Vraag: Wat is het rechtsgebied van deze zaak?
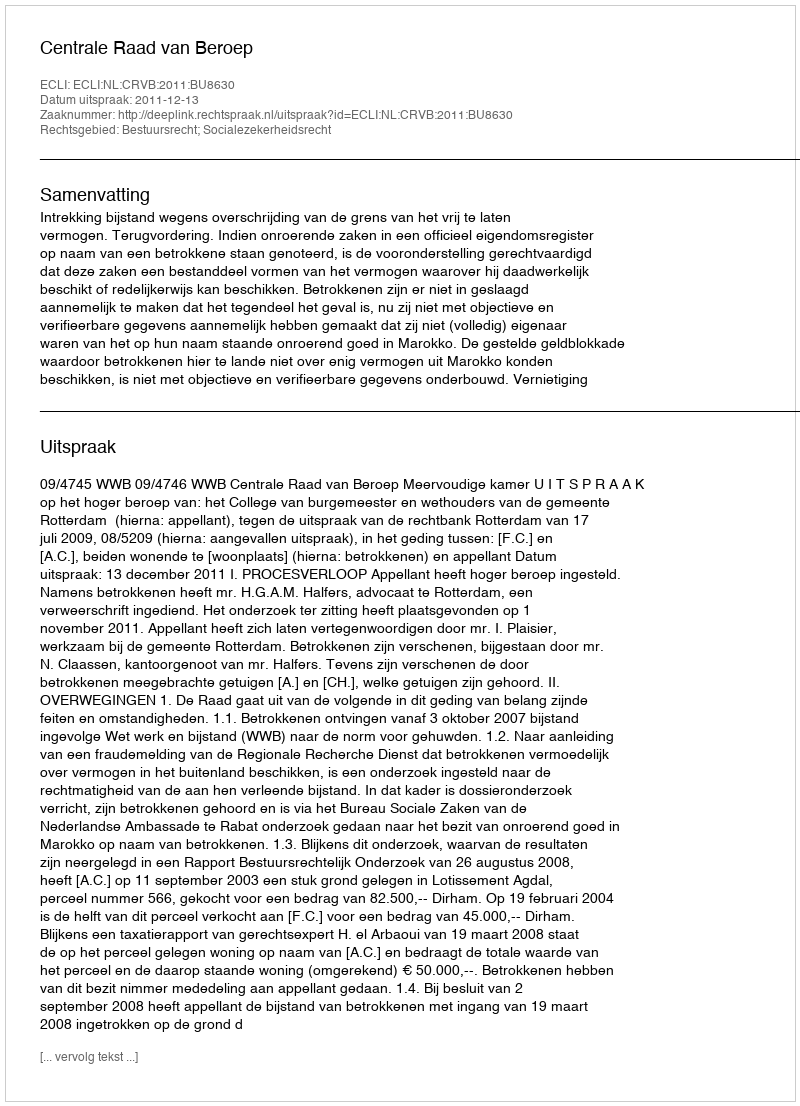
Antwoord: Bestuursrecht; Socialezekerheidsrecht